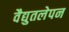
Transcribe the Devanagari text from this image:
वैद्युतलेपन